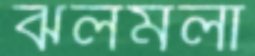
ঝলমলা